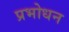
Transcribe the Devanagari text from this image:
प्रभोधन